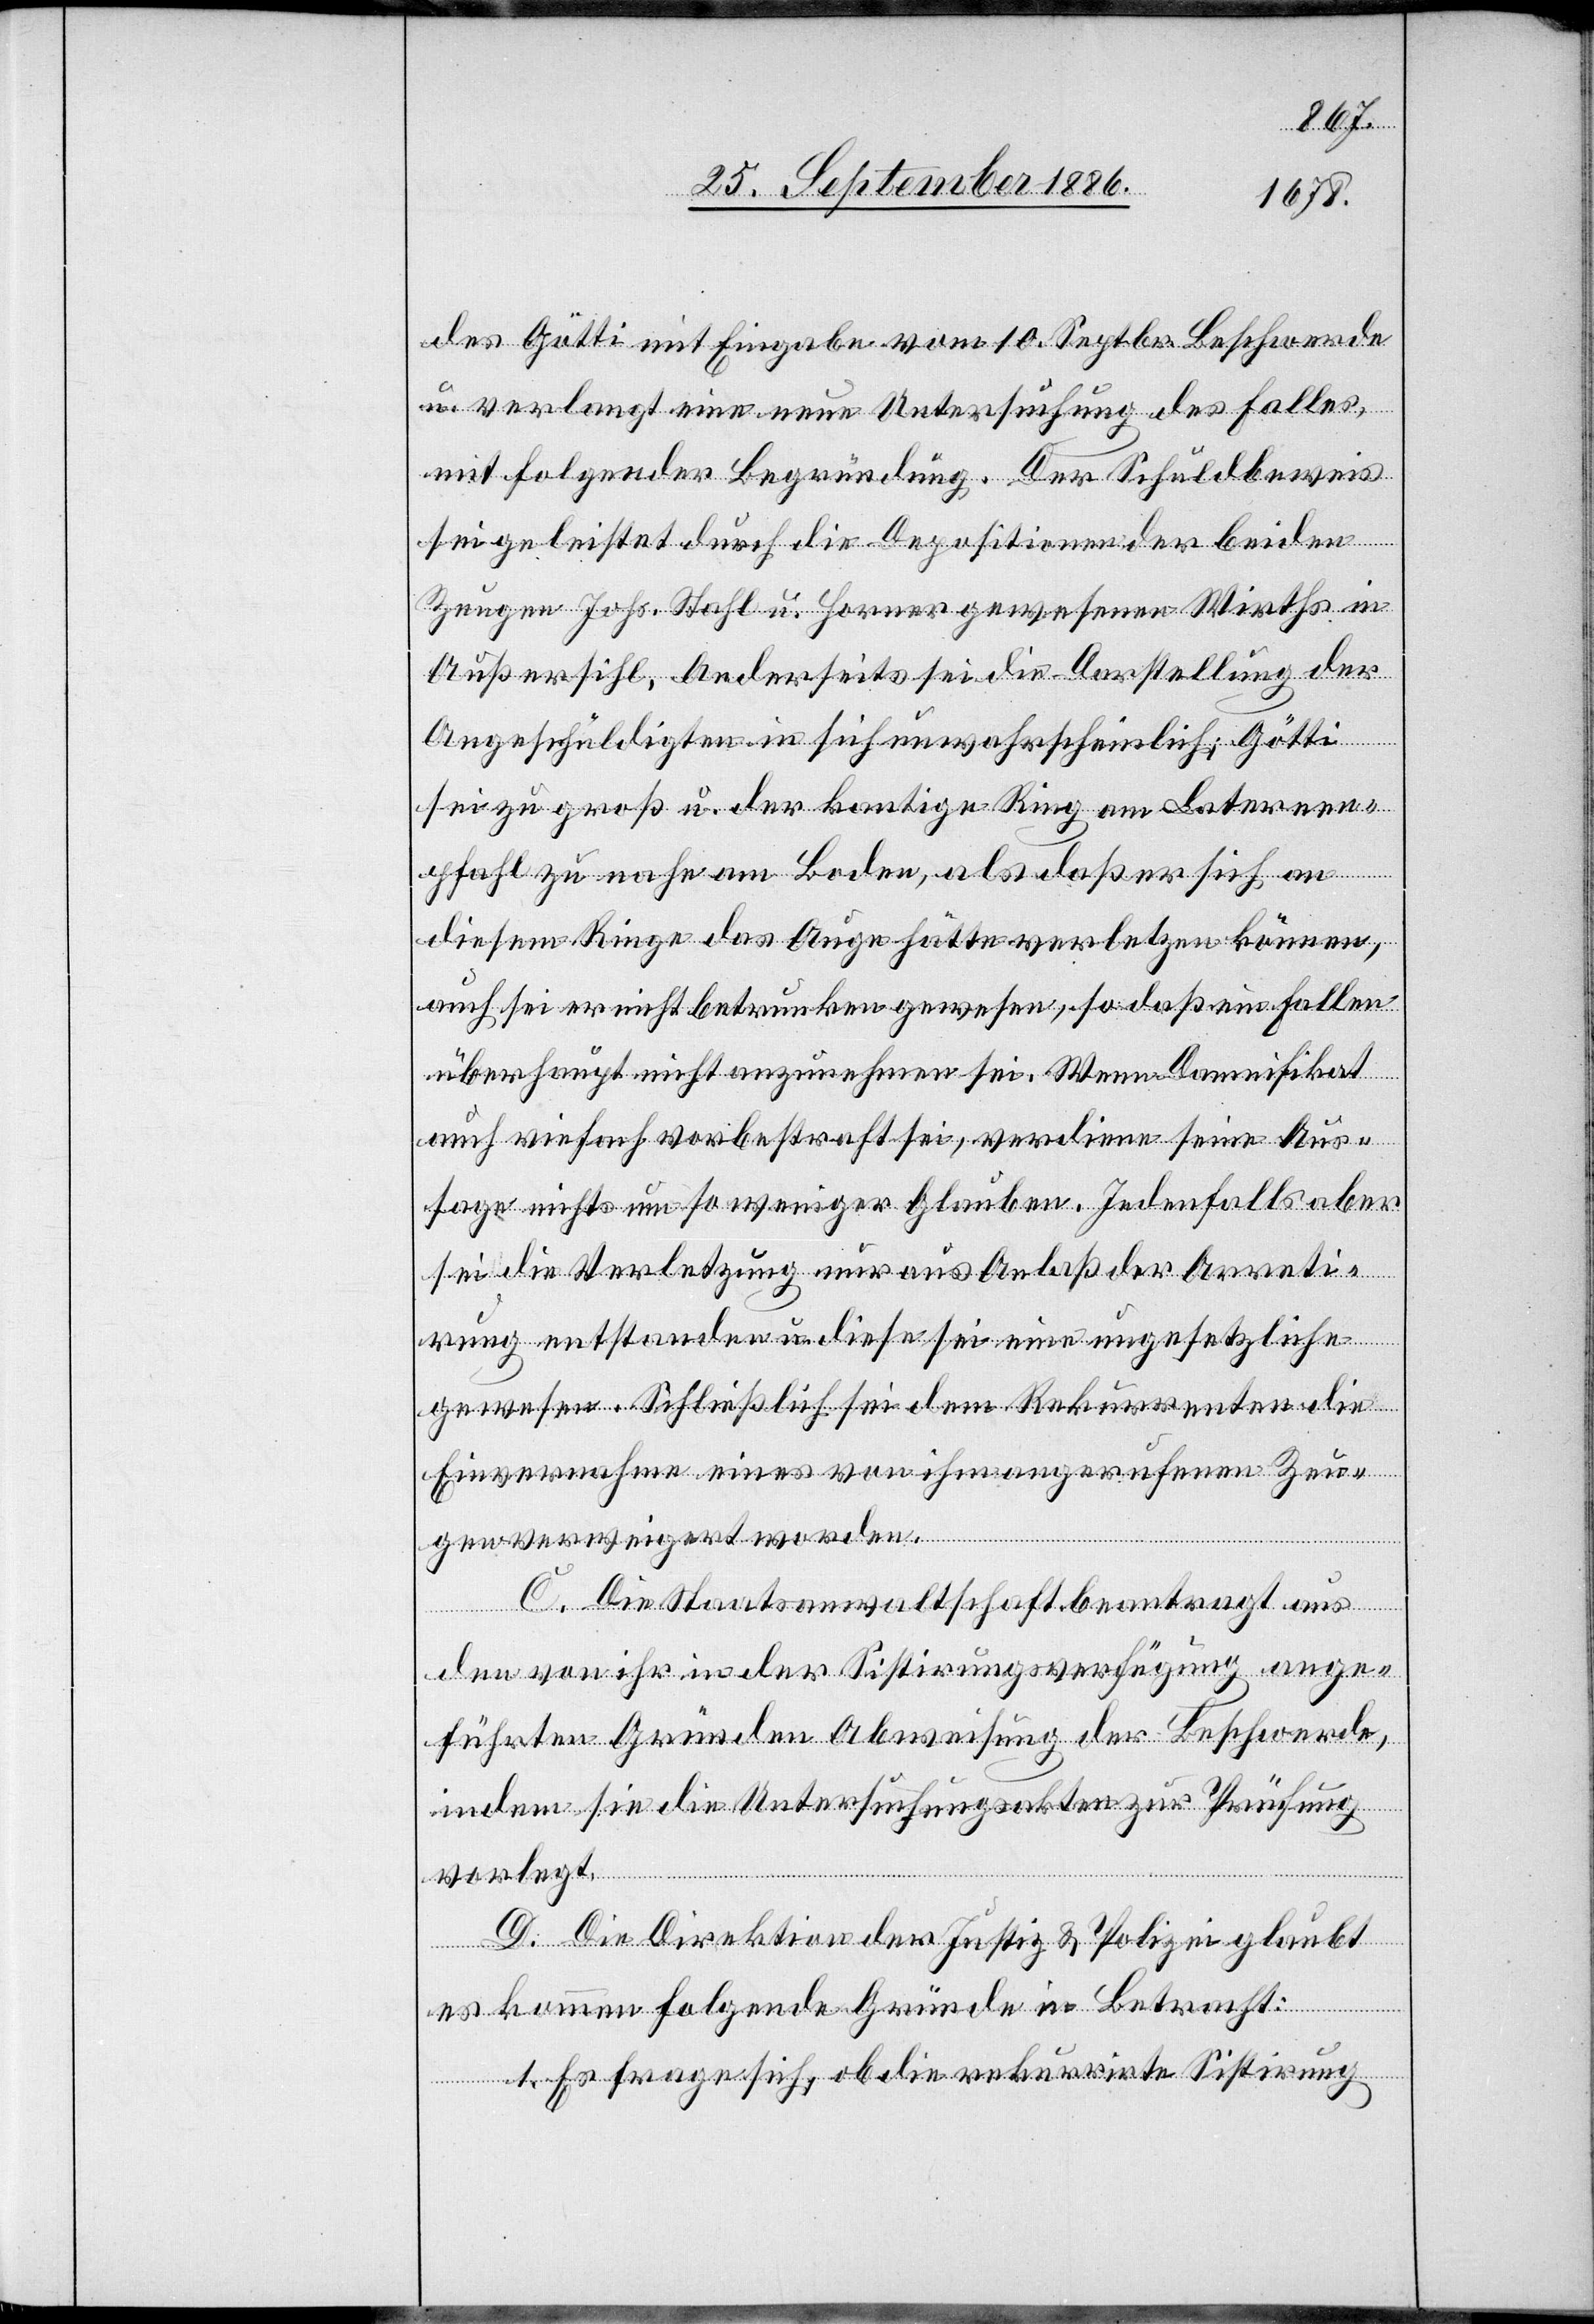
des Götti mit Eingabe vom 10. Septbr. Beschwerde
u. verlangt eine neue Untersuchung des Falles,
mit folgender Begründung. Der Schuldbeweis
sei geleistet durch die Depositionen der beiden
Zeugen Johs. Stahl u. Horner gewesenen Wirths in
Außersihl. Anderseits sei die Darstellung der
Angeschuldigten in sich unwahrscheinlich; Götti
sei zu groß u. der kantige Ring am Laternen¬
pfahl zu nahe am Boden, als daß er sich an
diesem Ringe das Auge hätte verletzen können,
auch sei er nicht betrunken gewesen, so daß ein Fallen
überhaupt nicht anzunehmen sei. Wenn Damnifikat
auch vierfach vorbestraft sei, verdiene seine Aus¬
sage nichts um so weniger Glauben. Jedenfalls aber
sei die Verletzung nur aus Anlaß der Arreti¬
rung entstanden u. diese sei eine ungesetzliche
gewesen. Schließlich sei dem Rekurrenten die
Einvernahme eines von ihm angerufenen Zeu¬
gen verweigert worden.
C. Die Staatsanwaltschaft beantragt aus
den von ihr in der Sistirungsverfügung ange¬
führten Gründen Abweisung der Beschwerde,
indem sie die Untersuchungsakten zur Prüfung
vorlegt.
D. Die Direktion der Justiz & Polizei glaubt
es kommen folgende Gründe in Betracht:
1. Es frage sich, ob die rekurrirte Sistirung